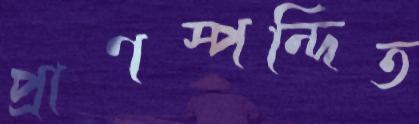
প্রাণস্পন্দিত